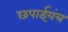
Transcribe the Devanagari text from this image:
छपाईयंत्र